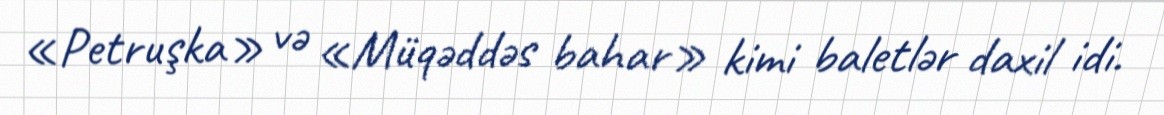
«Petruşka» və «Müqəddəs bahar» kimi baletlər daxil idi.